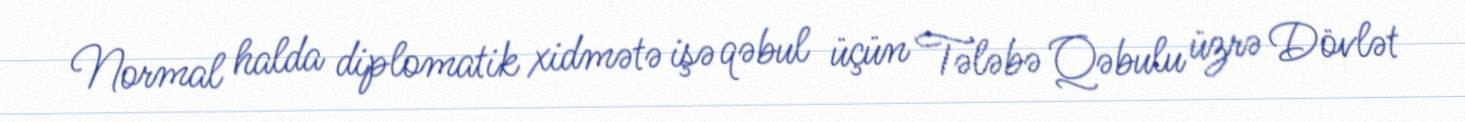
Normal halda diplomatik xidmətə işə qəbul üçün Tələbə Qəbulu üzrə Dövlət